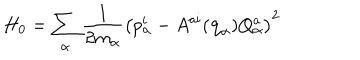
H _ { 0 } = \sum _ { \alpha } { \frac { 1 } { 2 m _ { \alpha } } } \left( p _ { \alpha } ^ { i } - A ^ { a i } ( { \bf q } _ { \alpha } ) Q _ { \alpha } ^ { a } \right) ^ { 2 }